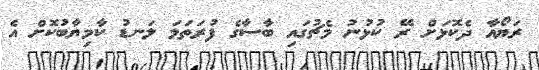
ރަޔޯއާ ދެކޮޅަށް ރޭ ކުޅުނު މެޗުގައި ބާސާގެ ފުރަތަމަ ލަނޑު ކާމިޔާބުކޮށް އެ